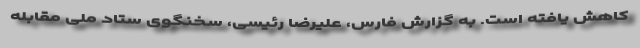
کاهش یافته است. به گزارش فارس، علیرضا رئیسی، سخنگوی ستاد ملی مقابله